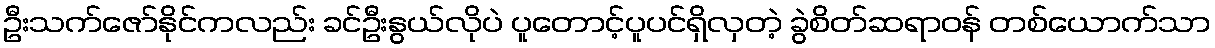
ဦးသက်ဇော်နိုင်ကလည်း ခင်ဦးနွယ်လိုပဲ ပူတောင့်ပူပင်ရှိလှတဲ့ ခွဲစိတ်ဆရာဝန် တစ်ယောက်သာ